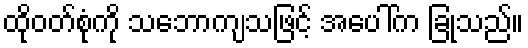
ထိုဝတ်စုံကို သဘောကျသဖြင့် အပေါ်က ခြုံသည်။